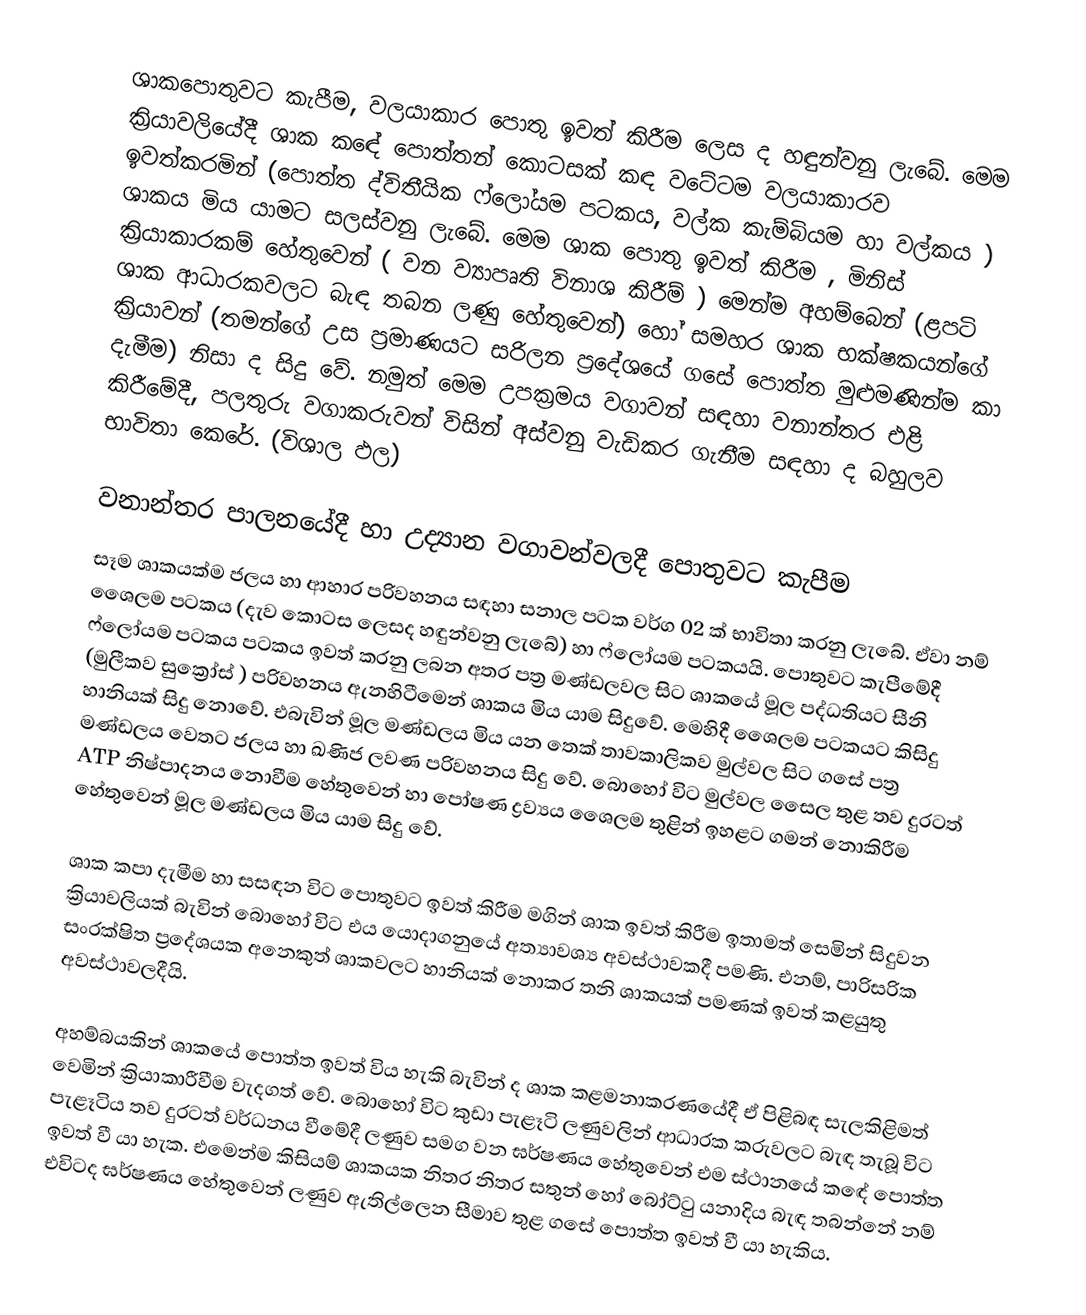
ශාකපොතුවට කැපීම, වලයාකාර පොතු ඉවත් කිරීම ලෙස ද හඳුන්වනු ලැබේ. මෙම ක්‍රියාවලියේදී ශාක ක‍ඳේ පොත්තන් කොටසක් කඳ වටේටම වලයාකාරව ඉවත්කරමින් (පොත්ත ද්විතීයික ෆ්ලෝයම පටකය, වල්ක කැම්බියම හා වල්කය ) ශාකය මිය යාමට සලස්වනු ලැබේ. මෙම ශාක පොතු ඉවත් කිරීම , මිනිස් ක්‍රියාකාරකම් හේතුවෙන් ( වන ව්‍යාපෘති විනාශ කිරීම් ) මෙන්ම අහම්බෙන් (ළපටි ශාක ආධාරකවලට බැඳ තබන ලණු හේතුවෙන්) හෝ සමහර ශාක භක්ෂකයන්ගේ ක්‍රියාවන් (තමන්ගේ උස ප්‍රමාණයට සරිලන ප්‍රදේශයේ ගසේ පොත්ත මුළුමණින්ම කා දැමීම) නිසා ද සිදු වේ. නමුත් මෙම උපක්‍රමය වගාවන් සඳහා වනාන්තර එළි කිරීමේදී, පලතුරු වගාකරුවන් විසින් අස්වනු වැඩිකර ගැනීම සඳහා ද බහුලව භාවිතා කෙරේ. (විශාල ඵල)

වනාන්තර පාලනයේදී හා උද්‍යාන වගාවන්වලදී පොතුවට කැපීම
සෑම ශාකයක්ම ජලය හා ආහාර පරිවහනය සඳහා සනාල පටක වර්ග 02 ක් භාවිතා කරනු ලැබේ. ඒවා නම් ශෛලම පටකය (දැව කොටස ලෙසද හඳුන්වනු ලැබේ) හා ෆ්ලෝයම පටකයයි. පොතුවට කැපීමේදී ෆ්ලෝයම පටකය පටකය ඉවත් කරනු ලබන අතර පත්‍ර මණ්ඩලවල සිට ශාකයේ මූල පද්ධතියට සීනි (මුලීකව සුක්‍රෝස් ) පරිවහනය ඇනහිටීමෙන් ශාකය මිය යාම සිදුවේ. මෙහිදී ශෛලම පටකයට කිසිදු හානියක් සිදු නොවේ. එබැවින් මූල මණ්ඩලය මිය යන තෙක් තාවකාලිකව මුල්වල සිට ගසේ පත්‍ර මණ්ඩලය වෙතට ජලය හා ඛණිජ ලවණ පරිවහනය සිදු වේ. බොහෝ විට මුල්වල සෛල තුළ තව දුරටත් ATP නිෂ්පාදනය නොවීම හේතුවෙන් හා පෝෂණ ද්‍රව්‍යය ශෛලම තුළින් ඉහළට ගමන් නොකිරීම හේතුවෙන් මූල මණ්ඩලය මිය යාම සිදු වේ.

ශාක කපා දැමීම හා සසඳන විට පොතුවට ඉවත් කිරීම මගින් ශාක ඉවත් කිරීම ඉතාමත් සෙමින් සිදුවන ක්‍රියාවලියක් බැවින් බොහෝ විට එය යොදාගනුයේ අත්‍යාවශ්‍ය අවස්ථාවකදී පමණි. එනම්, පාරිසරික සංරක්ෂිත ප්‍රදේශයක අනෙකුත් ශාකවලට හානියක් නොකර තනි ශාකයක් පමණක් ඉවත් කළයුතු අවස්ථාවලදීයි.

අහම්බයකින් ශාකයේ පොත්ත ඉවත් විය හැකි බැවින් ද ශාක කළමනාකරණයේදී ඒ පිළිබඳ සැලකිළිමත් වෙමින් ක්‍රියාකාරීවීම  වැදගත් වේ. බොහෝ විට කුඩා පැළෑටි ලණුවලින් ආධාරක කරුවලට බැඳ තැබූ විට පැළෑටිය තව දුරටත් වර්ධනය වීමේදී ලණුව සමග වන ඝර්ෂණය හේතුවෙන් එම ස්ථානයේ ක‍ඳේ පොත්ත ඉවත් වී යා හැක. එමෙන්ම කිසියම් ශාකයක නිතර නිතර සතුන් හෝ බෝට්ටු යනාදිය බැඳ තබන්නේ නම් එවිටද ඝර්ෂණය හේතුවෙන් ලණුව ඇතිල්ලෙන සීමාව තුළ ගසේ පොත්ත ඉවත් වී යා හැකිය.